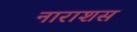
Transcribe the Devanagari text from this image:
नाराशस